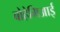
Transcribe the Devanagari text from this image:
बोहेमिआई